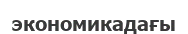
экономикадағы